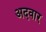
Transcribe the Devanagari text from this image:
अदवार